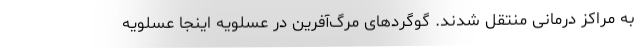
به مراکز درمانی منتقل شدند. گوگردهای مرگ‌آفرین در عسلویه اینجا عسلویه